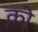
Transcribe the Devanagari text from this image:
को़